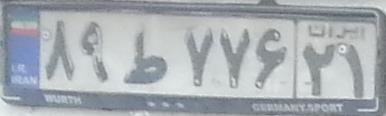
۸۹ط۷۷۶۲۱